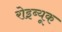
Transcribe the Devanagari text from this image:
रोइब्यूक